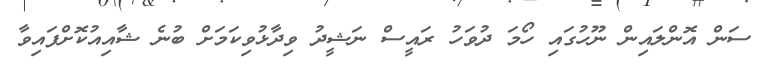
ސަން އޮންލައިން ނޫހުގައި ހޯމަ ދުވަހު ރައީސް ނަޝީދު ވިދާޅުވިކަމަށް ބުނެ ޝާއިއުކޮށްފައިވާ